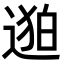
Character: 𬨯